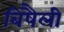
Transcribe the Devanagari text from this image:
बिषैली